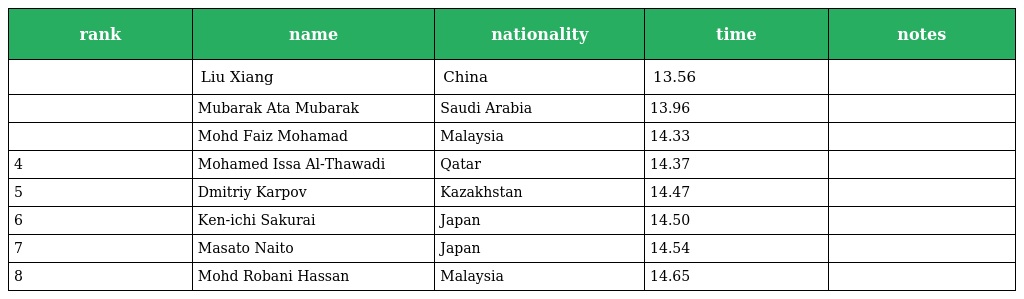
| rank | name | nationality | time | notes |
 | --- | --- | --- | --- | --- |
 |  | Liu Xiang | China | 13.56 |  |
 |  | Mubarak Ata Mubarak | Saudi Arabia | 13.96 |  |
 |  | Mohd Faiz Mohamad | Malaysia | 14.33 |  |
 | 4 | Mohamed Issa Al-Thawadi | Qatar | 14.37 |  |
 | 5 | Dmitriy Karpov | Kazakhstan | 14.47 |  |
 | 6 | Ken-ichi Sakurai | Japan | 14.50 |  |
 | 7 | Masato Naito | Japan | 14.54 |  |
 | 8 | Mohd Robani Hassan | Malaysia | 14.65 |  |